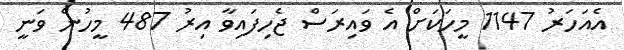
އެއަހަރު 1147 މީހަކަށް އެ ވައިރަސް ޖެހިފައިވާ އިރު 487 މީހުން ވަނީ